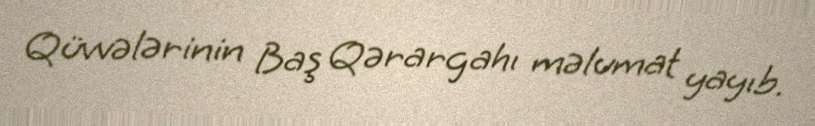
Qüvvələrinin Baş Qərargahı məlumat yayıb.